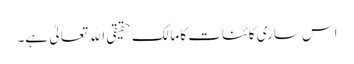
اس ساری کائنات کا مالک حقیقی اﷲ تعالیٰ ہے۔